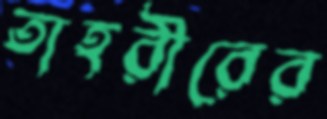
তাহরীরের